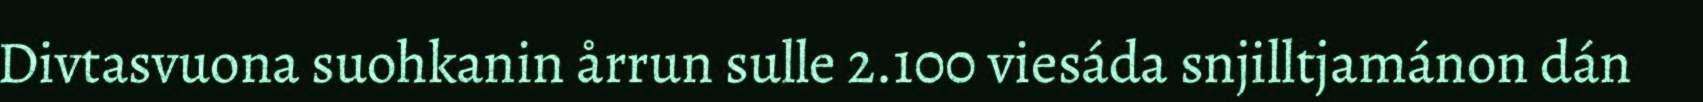
Divtasvuona suohkanin årrun sulle 2.100 viesáda snjilltjamánon dán